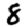
Digit: 8